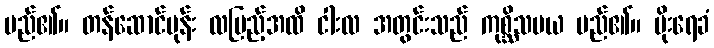
မည်၏။ တန်ဆောင်မုန်း လပြည့်အထိ ငါးလ အတွင်းသည် ကုစ္ဆိသမယ မည်၏။ မိုးရေခံ